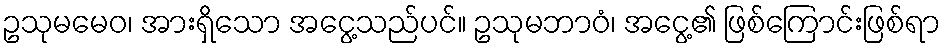
ဥသုမမေဝ၊ အားရှိသော အငွေ့သည်ပင်။ ဥသုမဘာဝံ၊ အငွေ့၏ ဖြစ်ကြောင်းဖြစ်ရာ